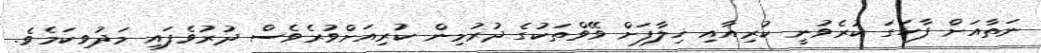
ނަތާއަށް ފާހަގަ ކުރެވުނީ ކުރިއާއި ޚިލާފަށް ވޭވްތަކުގެ ދުރުމިން ކުރިއަށްވުރެވެސް ދުރުވެފައި މަދުވިކަމެވެ.